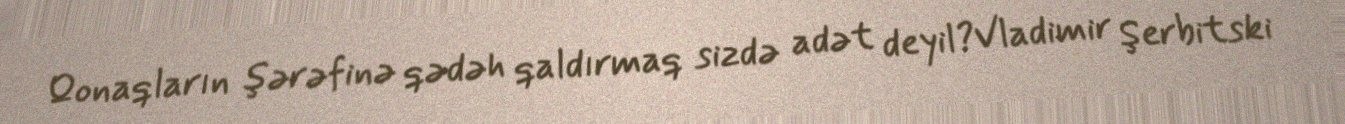
Qonaqların şərəfinə qədəh qaldırmaq sizdə adət deyil?Vladimir Şerbitski